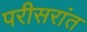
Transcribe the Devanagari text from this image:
परीसरांत